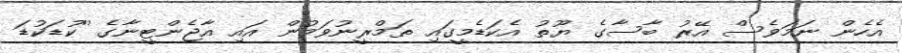
އެހެން ނަމަވެސް އޭރު ބާސާގެ ޔޫތު އެކަޑެމީގައި ތަމްރީނުވަމުން އައި އާޖެންޓީނާގެ ''ކުޑަކުޑަ